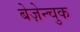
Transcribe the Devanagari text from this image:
बेज़ेन्चुक